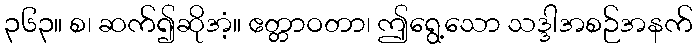
၃၆၃။ စ၊ ဆက်၍ဆိုအံ့။ ဧတ္တာဝတာ၊ ဤရွေ့သော သဒ္ဒါအစဉ်အနက်